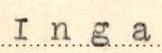
Inga